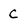
Character: c